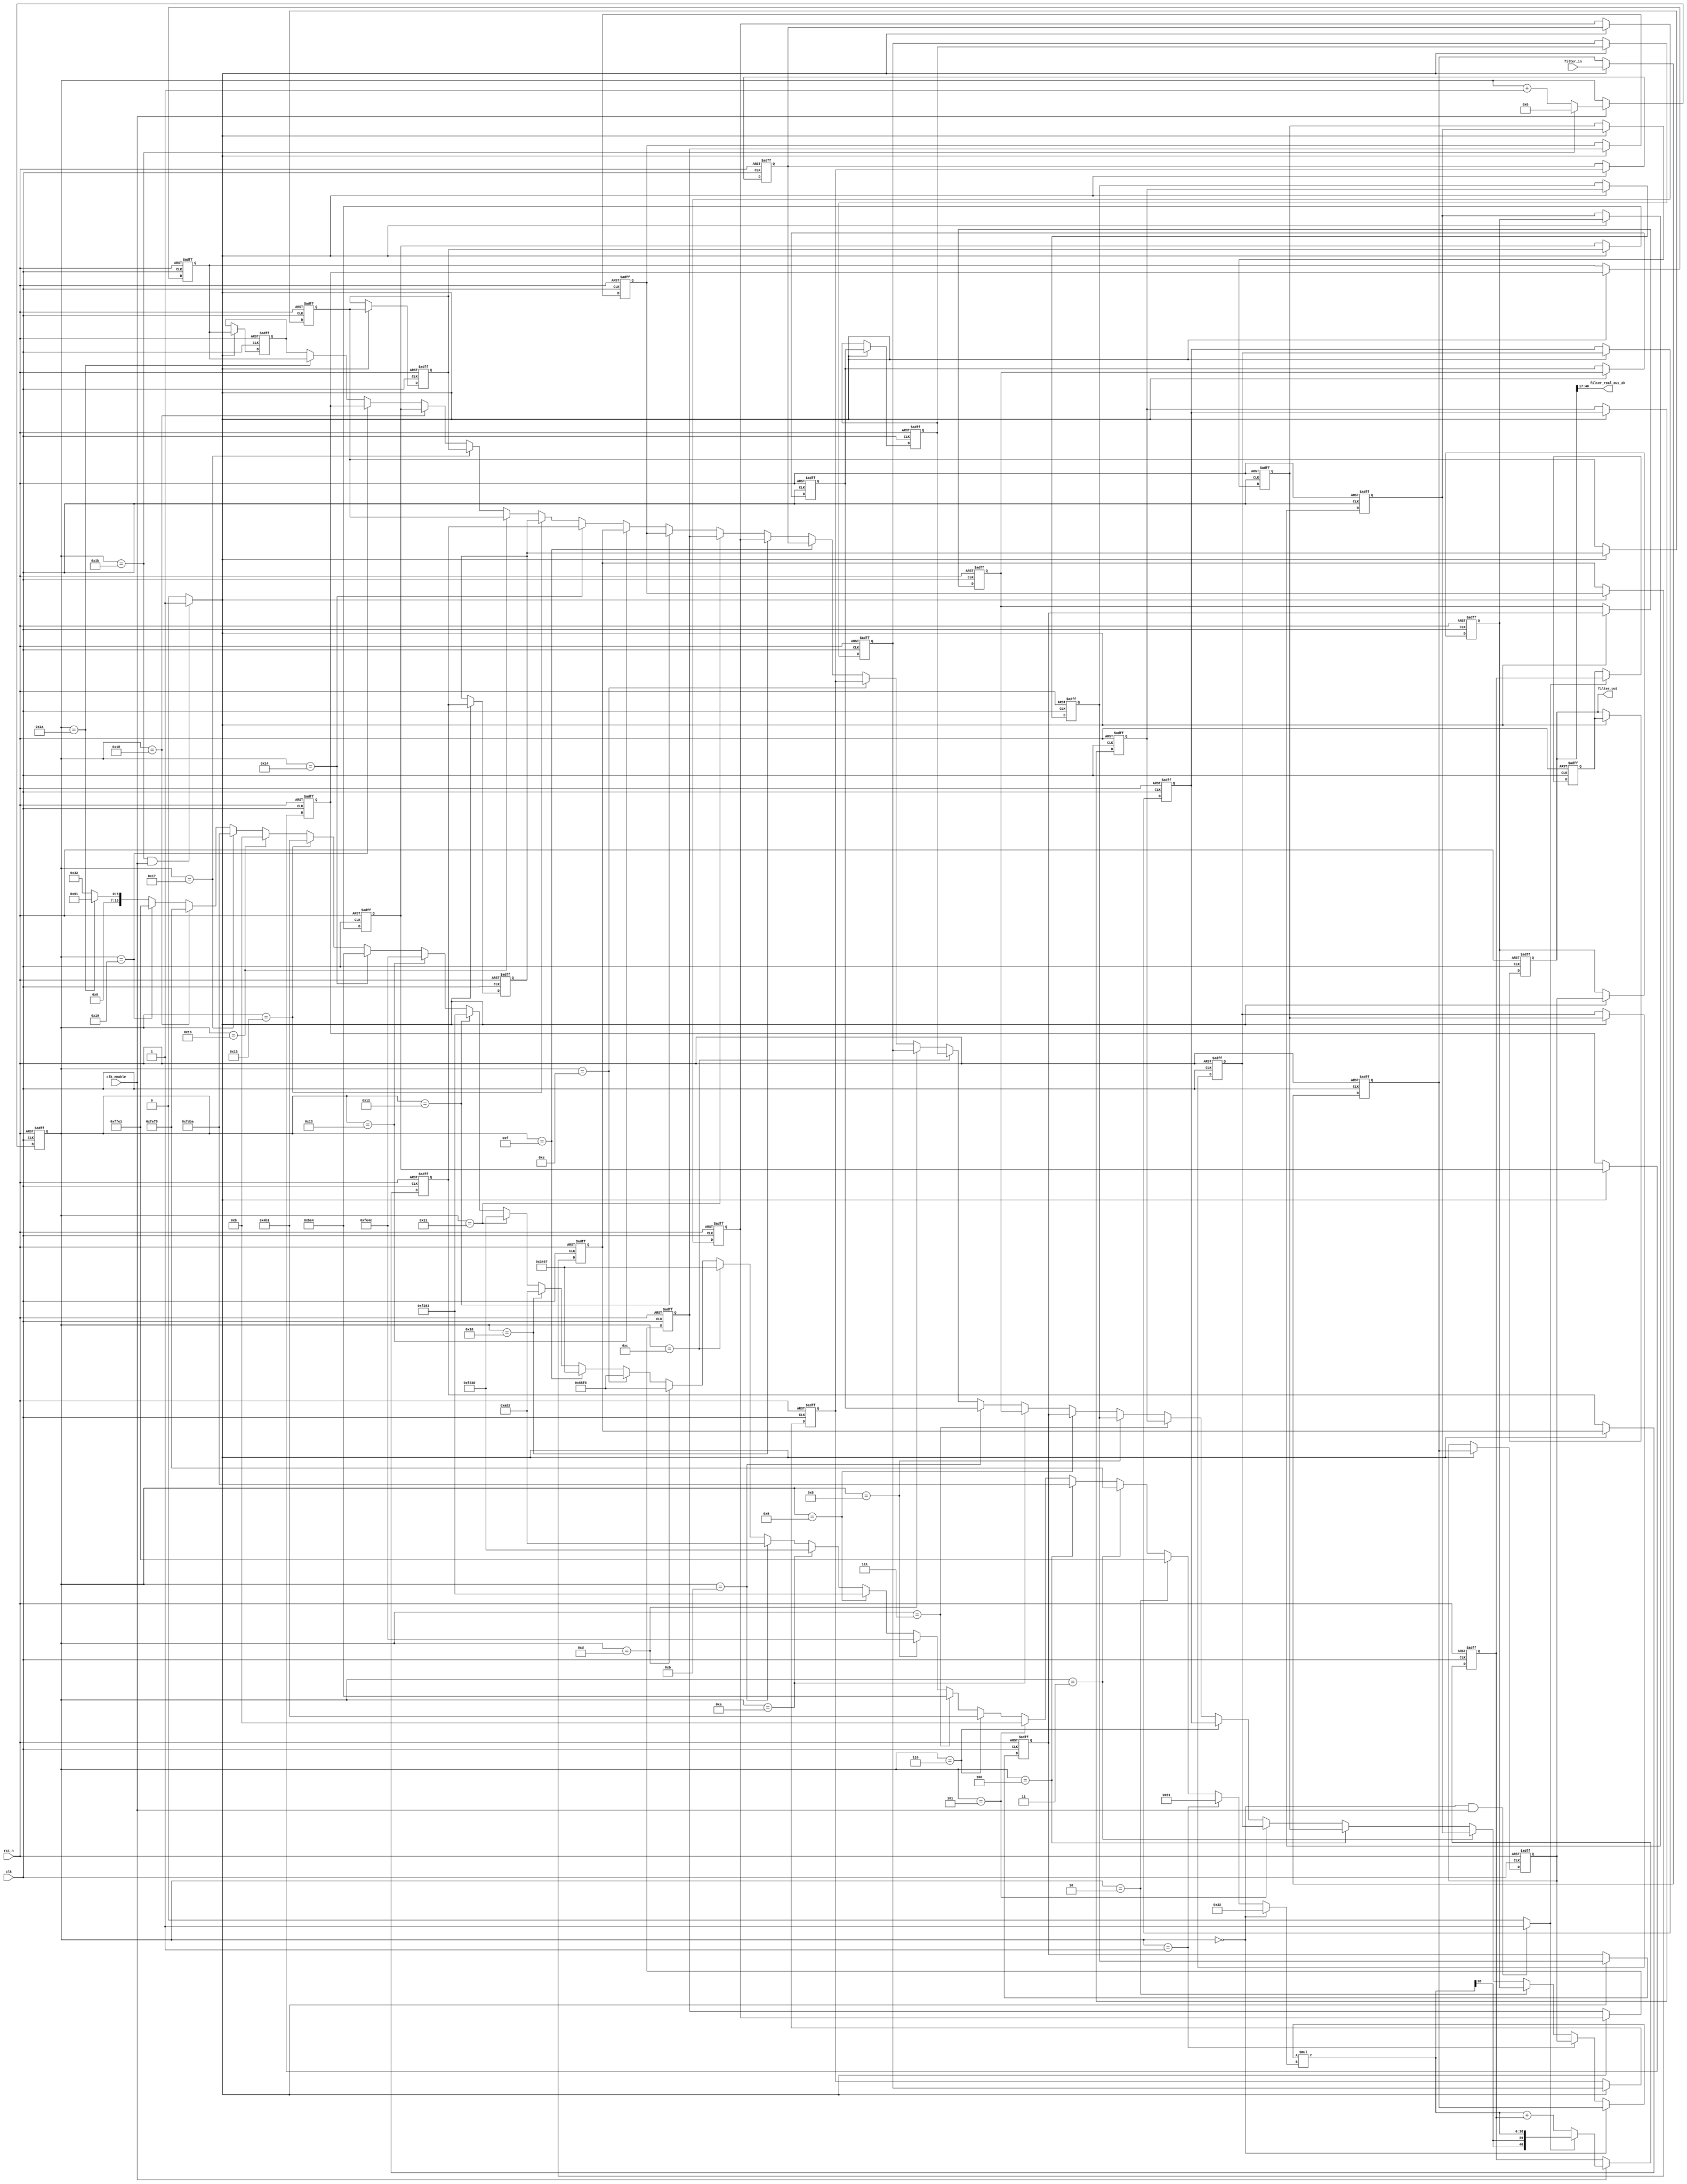

// -------------------------------------------------------------

`timescale 1 ns / 1 ns





// 
module filter_2k_para
               (
                clk,
                clk_enable,
                rst_n,
                filter_in,
                filter_out,
                filter_real_out_2k
                );

  input   clk; 
  input   clk_enable; 
  input   rst_n; 
  input   signed [23:0] filter_in; 
  output  signed [40:0] filter_out; 
  output signed [23:0] filter_real_out_2k;
  assign filter_real_out_2k = filter_out [40:17];

  parameter signed [15:0] coeff1 = 16'b0000000000110010; 
    parameter signed [15:0] coeff2 = 16'b0000000001100001; 
    parameter signed [15:0] coeff3 = 16'b1111111111100001; 
    parameter signed [15:0] coeff4 = 16'b1111111001111000; 
    parameter signed [15:0] coeff5 = 16'b1111110110111010; 
    parameter signed [15:0] coeff6 = 16'b0000000000001011; 
    parameter signed [15:0] coeff7 = 16'b0000010010110001; 
    parameter signed [15:0] coeff8 = 16'b0000010111100100; 
    parameter signed [15:0] coeff9 = 16'b1111111001001100; 
    parameter signed [15:0] coeff10 = 16'b1111001010000011;
    parameter signed [15:0] coeff11 = 16'b1111001000111101;
    parameter signed [15:0] coeff12 = 16'b0000101010000010;
    parameter signed [15:0] coeff13 = 16'b0011010010010111;
    parameter signed [15:0] coeff14 = 16'b0101010111111000;
    parameter signed [15:0] coeff15 = 16'b0101010111111000;
    parameter signed [15:0] coeff16 = 16'b0011010010010111;
    parameter signed [15:0] coeff17 = 16'b0000101010000010;
    parameter signed [15:0] coeff18 = 16'b1111001000111101;
    parameter signed [15:0] coeff19 = 16'b1111001010000011;
    parameter signed [15:0] coeff20 = 16'b1111111001001100;
    parameter signed [15:0] coeff21 = 16'b0000010111100100;
    parameter signed [15:0] coeff22 = 16'b0000010010110001;
    parameter signed [15:0] coeff23 = 16'b0000000000001011;
    parameter signed [15:0] coeff24 = 16'b1111110110111010;
    parameter signed [15:0] coeff25 = 16'b1111111001111000;
    parameter signed [15:0] coeff26 = 16'b1111111111100001;
    parameter signed [15:0] coeff27 = 16'b0000000001100001;
    parameter signed [15:0] coeff28 = 16'b0000000000110010;
  
    // Signals
    reg  [4:0] cur_count; 
    wire phase_27; 
    wire phase_0; 
    reg  signed [23:0] delay_pipeline [0:27] ; 
    wire signed [23:0] inputmux_1; 
    reg  signed [40:0] acc_final; 
    reg  signed [40:0] acc_out_1; 
    wire signed [38:0] product_1; 
    wire signed [15:0] product_1_mux; 
    wire signed [39:0] mul_temp; 
    wire signed [40:0] prod_typeconvert_1; 
    wire signed [40:0] acc_sum_1; 
    wire signed [40:0] acc_in_1; 
    wire signed [40:0] add_signext; 
    wire signed [40:0] add_signext_1; 
    wire signed [41:0] add_temp; 
    reg  signed [40:0] output_register; 
  
    // Block Statements
    always @ (posedge clk or posedge rst_n)
      begin: Counter_process
        if (rst_n == 1'b1) begin
          cur_count <= 5'b11011;
        end
        else begin
          if (clk_enable == 1'b1) begin
            if (cur_count == 5'b11011) begin
              cur_count <= 5'b00000;
            end
            else begin
              cur_count <= cur_count + 1;
            end
          end
        end
      end // Counter_process
  
    assign  phase_27 = (cur_count == 5'b11011 && clk_enable == 1'b1)? 1 : 0;
  
    assign  phase_0 = (cur_count == 5'b00000 && clk_enable == 1'b1)? 1 : 0;
  
    always @( posedge clk or posedge rst_n)
      begin: Delay_Pipeline_process
        if (rst_n == 1'b1) begin
          delay_pipeline[0] <= 0;
          delay_pipeline[1] <= 0;
          delay_pipeline[2] <= 0;
          delay_pipeline[3] <= 0;
          delay_pipeline[4] <= 0;
          delay_pipeline[5] <= 0;
          delay_pipeline[6] <= 0;
          delay_pipeline[7] <= 0;
          delay_pipeline[8] <= 0;
          delay_pipeline[9] <= 0;
          delay_pipeline[10] <= 0;
          delay_pipeline[11] <= 0;
          delay_pipeline[12] <= 0;
          delay_pipeline[13] <= 0;
          delay_pipeline[14] <= 0;
          delay_pipeline[15] <= 0;
          delay_pipeline[16] <= 0;
          delay_pipeline[17] <= 0;
          delay_pipeline[18] <= 0;
          delay_pipeline[19] <= 0;
          delay_pipeline[20] <= 0;
          delay_pipeline[21] <= 0;
          delay_pipeline[22] <= 0;
          delay_pipeline[23] <= 0;
          delay_pipeline[24] <= 0;
          delay_pipeline[25] <= 0;
          delay_pipeline[26] <= 0;
          delay_pipeline[27] <= 0;
        end
        else begin
          if (phase_27 == 1'b1) begin
            delay_pipeline[0] <= filter_in;
            delay_pipeline[1] <= delay_pipeline[0];
            delay_pipeline[2] <= delay_pipeline[1];
            delay_pipeline[3] <= delay_pipeline[2];
            delay_pipeline[4] <= delay_pipeline[3];
            delay_pipeline[5] <= delay_pipeline[4];
            delay_pipeline[6] <= delay_pipeline[5];
            delay_pipeline[7] <= delay_pipeline[6];
            delay_pipeline[8] <= delay_pipeline[7];
            delay_pipeline[9] <= delay_pipeline[8];
            delay_pipeline[10] <= delay_pipeline[9];
            delay_pipeline[11] <= delay_pipeline[10];
            delay_pipeline[12] <= delay_pipeline[11];
            delay_pipeline[13] <= delay_pipeline[12];
            delay_pipeline[14] <= delay_pipeline[13];
            delay_pipeline[15] <= delay_pipeline[14];
            delay_pipeline[16] <= delay_pipeline[15];
            delay_pipeline[17] <= delay_pipeline[16];
            delay_pipeline[18] <= delay_pipeline[17];
            delay_pipeline[19] <= delay_pipeline[18];
            delay_pipeline[20] <= delay_pipeline[19];
            delay_pipeline[21] <= delay_pipeline[20];
            delay_pipeline[22] <= delay_pipeline[21];
            delay_pipeline[23] <= delay_pipeline[22];
            delay_pipeline[24] <= delay_pipeline[23];
            delay_pipeline[25] <= delay_pipeline[24];
            delay_pipeline[26] <= delay_pipeline[25];
            delay_pipeline[27] <= delay_pipeline[26];
          end
        end
      end // Delay_Pipeline_process
  
  
    assign inputmux_1 = (cur_count == 5'b00000) ? delay_pipeline[0] :
                       (cur_count == 5'b00001) ? delay_pipeline[1] :
                       (cur_count == 5'b00010) ? delay_pipeline[2] :
                       (cur_count == 5'b00011) ? delay_pipeline[3] :
                       (cur_count == 5'b00100) ? delay_pipeline[4] :
                       (cur_count == 5'b00101) ? delay_pipeline[5] :
                       (cur_count == 5'b00110) ? delay_pipeline[6] :
                       (cur_count == 5'b00111) ? delay_pipeline[7] :
                       (cur_count == 5'b01000) ? delay_pipeline[8] :
                       (cur_count == 5'b01001) ? delay_pipeline[9] :
                       (cur_count == 5'b01010) ? delay_pipeline[10] :
                       (cur_count == 5'b01011) ? delay_pipeline[11] :
                       (cur_count == 5'b01100) ? delay_pipeline[12] :
                       (cur_count == 5'b01101) ? delay_pipeline[13] :
                       (cur_count == 5'b01110) ? delay_pipeline[14] :
                       (cur_count == 5'b01111) ? delay_pipeline[15] :
                       (cur_count == 5'b10000) ? delay_pipeline[16] :
                       (cur_count == 5'b10001) ? delay_pipeline[17] :
                       (cur_count == 5'b10010) ? delay_pipeline[18] :
                       (cur_count == 5'b10011) ? delay_pipeline[19] :
                       (cur_count == 5'b10100) ? delay_pipeline[20] :
                       (cur_count == 5'b10101) ? delay_pipeline[21] :
                       (cur_count == 5'b10110) ? delay_pipeline[22] :
                       (cur_count == 5'b10111) ? delay_pipeline[23] :
                       (cur_count == 5'b11000) ? delay_pipeline[24] :
                       (cur_count == 5'b11001) ? delay_pipeline[25] :
                       (cur_count == 5'b11010) ? delay_pipeline[26] :
                       delay_pipeline[27];
  
    //   ------------------ Serial partition # 1 ------------------
  
    assign product_1_mux = (cur_count == 5'b00000) ? coeff1 :
                          (cur_count == 5'b00001) ? coeff2 :
                          (cur_count == 5'b00010) ? coeff3 :
                          (cur_count == 5'b00011) ? coeff4 :
                          (cur_count == 5'b00100) ? coeff5 :
                          (cur_count == 5'b00101) ? coeff6 :
                          (cur_count == 5'b00110) ? coeff7 :
                          (cur_count == 5'b00111) ? coeff8 :
                          (cur_count == 5'b01000) ? coeff9 :
                          (cur_count == 5'b01001) ? coeff10 :
                          (cur_count == 5'b01010) ? coeff11 :
                          (cur_count == 5'b01011) ? coeff12 :
                          (cur_count == 5'b01100) ? coeff13 :
                          (cur_count == 5'b01101) ? coeff14 :
                          (cur_count == 5'b01110) ? coeff15 :
                          (cur_count == 5'b01111) ? coeff16 :
                          (cur_count == 5'b10000) ? coeff17 :
                          (cur_count == 5'b10001) ? coeff18 :
                          (cur_count == 5'b10010) ? coeff19 :
                          (cur_count == 5'b10011) ? coeff20 :
                          (cur_count == 5'b10100) ? coeff21 :
                          (cur_count == 5'b10101) ? coeff22 :
                          (cur_count == 5'b10110) ? coeff23 :
                          (cur_count == 5'b10111) ? coeff24 :
                          (cur_count == 5'b11000) ? coeff25 :
                          (cur_count == 5'b11001) ? coeff26 :
                          (cur_count == 5'b11010) ? coeff27 :
                          coeff28;
    assign mul_temp = inputmux_1 * product_1_mux;
    assign product_1 = mul_temp[38:0];
  
    assign prod_typeconvert_1 = $signed({{2{product_1[38]}}, product_1});
  
    assign add_signext = prod_typeconvert_1;
    assign add_signext_1 = acc_out_1;
    assign add_temp = add_signext + add_signext_1;
    assign acc_sum_1 = add_temp[40:0];
  
    assign acc_in_1 = (phase_0 == 1'b1) ? prod_typeconvert_1 :
                     acc_sum_1;
  
    always @ (posedge clk or posedge rst_n)
      begin: Acc_reg_1_process
        if (rst_n == 1'b1) begin
          acc_out_1 <= 0;
        end
        else begin
          if (clk_enable == 1'b1) begin
            acc_out_1 <= acc_in_1;
          end
        end
      end // Acc_reg_1_process
  
    always @ (posedge clk or posedge rst_n)
      begin: Finalsum_reg_process
        if (rst_n == 1'b1) begin
          acc_final <= 0;
        end
        else begin
          if (phase_0 == 1'b1) begin
            acc_final <= acc_out_1;
          end
        end
      end // Finalsum_reg_process
  
    always @ (posedge clk or posedge rst_n)
      begin: Output_Register_process
        if (rst_n == 1'b1) begin
          output_register <= 0;
        end
        else begin
          if (phase_27 == 1'b1) begin
            output_register <= acc_final;
          end
        end
      end // Output_Register_process
  
  
    assign filter_out = output_register;
  endmodule